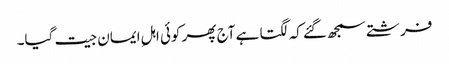
فرشتے سمجھ گئے کہ لگتا ہے آج پھر کوئی اہلِ ایمان جیت گیا۔